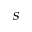
s